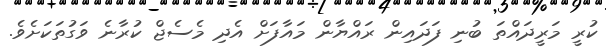
ކުރީ މަރީދައްތަ ބުނި ފަދައިން ރައްޔާން މައާފަށް އެދި މެސެޖް ކުރާނެ ވަގުތަކަށެވެ.